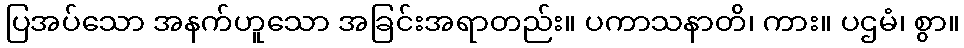
ပြအပ်သော အနက်ဟူသော အခြင်းအရာတည်း။ ပကာသနာတိ၊ ကား။ ပဌမံ၊ စွာ။